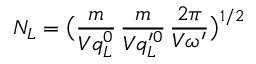
N _ { L } = \big ( \frac { m } { V q _ { L } ^ { 0 } } \, \frac { m } { V q _ { L } ^ { \prime 0 } } \, \frac { 2 \pi } { V \omega ^ { \prime } } \big ) ^ { 1 / 2 }